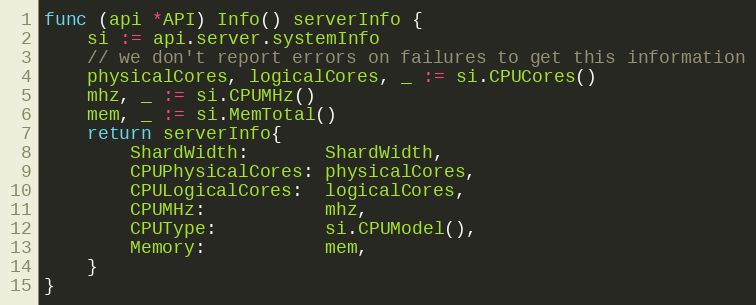
Language: Go
func (api *API) Info() serverInfo {
	si := api.server.systemInfo
	// we don't report errors on failures to get this information
	physicalCores, logicalCores, _ := si.CPUCores()
	mhz, _ := si.CPUMHz()
	mem, _ := si.MemTotal()
	return serverInfo{
		ShardWidth:       ShardWidth,
		CPUPhysicalCores: physicalCores,
		CPULogicalCores:  logicalCores,
		CPUMHz:           mhz,
		CPUType:          si.CPUModel(),
		Memory:           mem,
	}
}